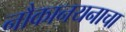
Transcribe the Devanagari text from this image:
नौकानयनाचा